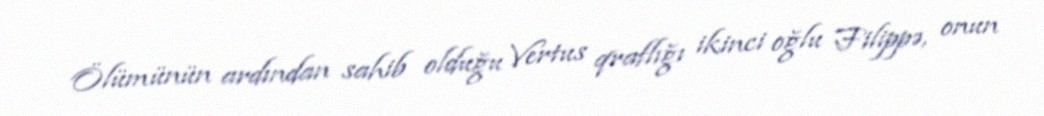
Ölümünün ardından sahib olduğu Vertus qraflığı ikinci oğlu Filippə, onun